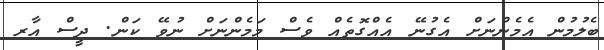
ބެލުމުން އެމެންނަށް އެގުނޭ އެއްގޮތެއް ވެސް މަމެންނަށް ނުވޭ ކަން. ދީސް އާރ